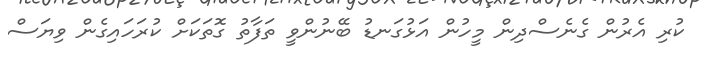
ކުރި އެރުން ގެނެސްދިން މީހުން އަޅުގަނޑު ބޭނުންވީ ތަފާތު ގޮތަކަށް ކުރަހައިގެން ވިޔަސް